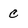
Character: c